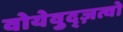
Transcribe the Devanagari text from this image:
वोयेवुद्ज़त्वो